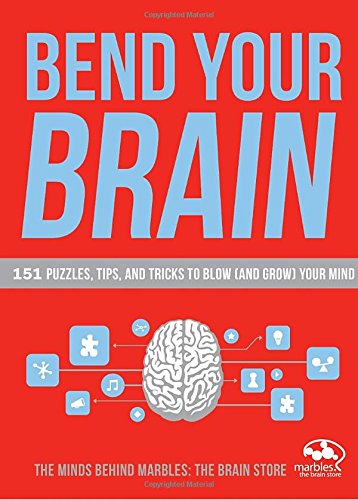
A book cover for Bend Your Brain: 151 Puzzles, Tips, and Tricks to Blow (and Grow) Your Mind; Marbles: The Brain Store; Self-Help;